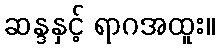
ဆန္ဒနှင့် ရာဂအထူး။